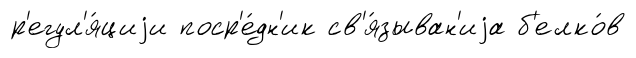
р'егул'я́циjи поср'е́дн'ик св'я́зыван'иjа б'елко́в